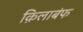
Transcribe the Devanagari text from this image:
क़िलाबंफ